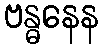
ဗန္ဓနေန